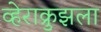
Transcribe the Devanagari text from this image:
व्हेराक्रुझला